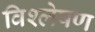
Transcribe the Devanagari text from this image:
विश्ल्‍ोषण